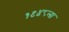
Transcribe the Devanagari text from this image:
१९४८ला